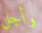
وأجل